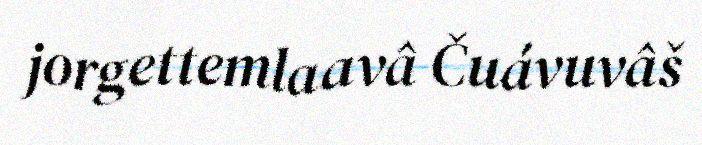
jorgettemlaavâ Čuávuvâš